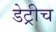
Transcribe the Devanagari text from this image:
डेट्रीच